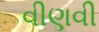
વીણવી